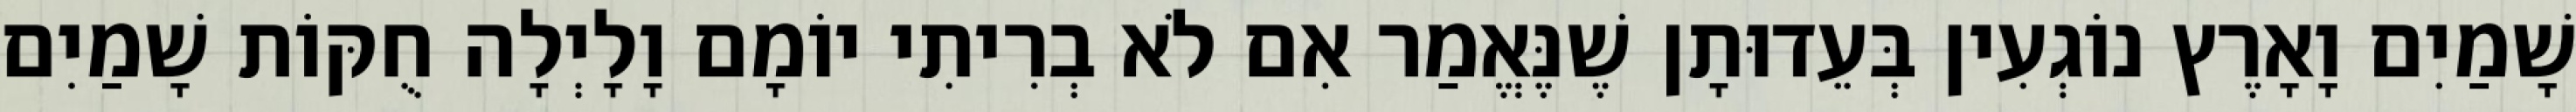
שָׁמַיִם וָאָרֶץ נוֹגְעִין בְּעֵדוּתָן שֶׁנֶּאֱמַר אִם לֹא בְרִיתִי יוֹמָם וָלָיְלָה חֻקּוֹת שָׁמַיִם